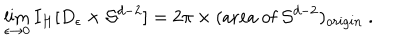
\lim _ { \epsilon \rightarrow 0 } I _ { H } [ D _ { \epsilon } \times { \cal S } ^ { d - 2 } ] = 2 \pi \times ( \mathrm { a r e a ~ o f ~ } { \cal S } ^ { d - 2 } ) _ { o r i g i n } \ .